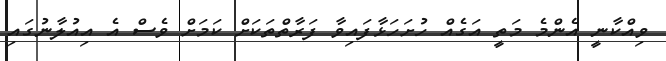
ވިއްކާނީ އެންމެ މަތީ އަގެއް ހުށަހަޅާފައިވާ ފަރާތްތަކަށް ކަމަށް ވެސް އެ އިއުލާނުގައި